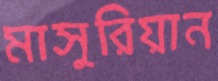
মাসুরিয়ান